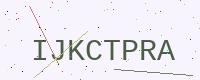
Text: IJKCTPRA